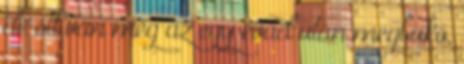
de ott van még az egy évad után megbukó,